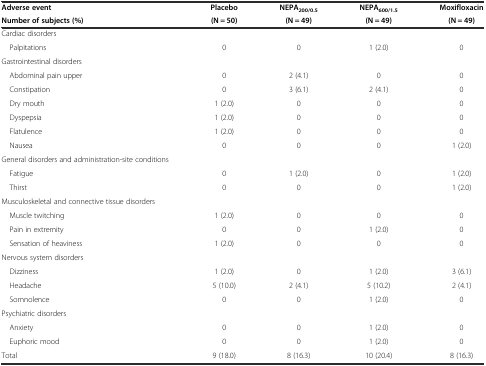
| Adverse event | Placebo | NEPA200/0.5 | NEPA600/1.5 | Moxifloxacin |
 | Number of subjects (%) | (N = 50) | (N = 49) | (N = 49) | (N = 49) |
 | --- | --- | --- | --- | --- |
 | Cardiac disorders |  |  |  |  |
 | Palpitations | 0 | 0 | 1 (2.0) | 0 |
 | Gastrointestinal disorders |  |  |  |  |
 | Abdominal pain upper | 0 | 2 (4.1) | 0 | 0 |
 | Constipation | 0 | 3 (6.1) | 2 (4.1) | 0 |
 | Dry mouth | 1 (2.0) | 0 | 0 | 0 |
 | Dyspepsia | 1 (2.0) | 0 | 0 | 0 |
 | Flatulence | 1 (2.0) | 0 | 0 | 0 |
 | Nausea | 0 | 0 | 0 | 1 (2.0) |
 | General disorders and administration-site conditions |  |  |  |  |
 | Fatigue | 0 | 1 (2.0) | 0 | 1 (2.0) |
 | Thirst | 0 | 0 | 0 | 1 (2.0) |
 | Musculoskeletal and connective tissue disorders |  |  |  |  |
 | Muscle twitching | 1 (2.0) | 0 | 0 | 0 |
 | Pain in extremity | 0 | 0 | 1 (2.0) | 0 |
 | Sensation of heaviness | 1 (2.0) | 0 | 0 | 0 |
 | Nervous system disorders |  |  |  |  |
 | Dizziness | 1 (2.0) | 0 | 1 (2.0) | 3 (6.1) |
 | Headache | 5 (10.0) | 2 (4.1) | 5 (10.2) | 2 (4.1) |
 | Somnolence | 0 | 0 | 1 (2.0) | 0 |
 | Psychiatric disorders |  |  |  |  |
 | Anxiety | 0 | 0 | 1 (2.0) | 0 |
 | Euphoric mood | 0 | 0 | 1 (2.0) | 0 |
 | Total | 9 (18.0) | 8 (16.3) | 10 (20.4) | 8 (16.3) |